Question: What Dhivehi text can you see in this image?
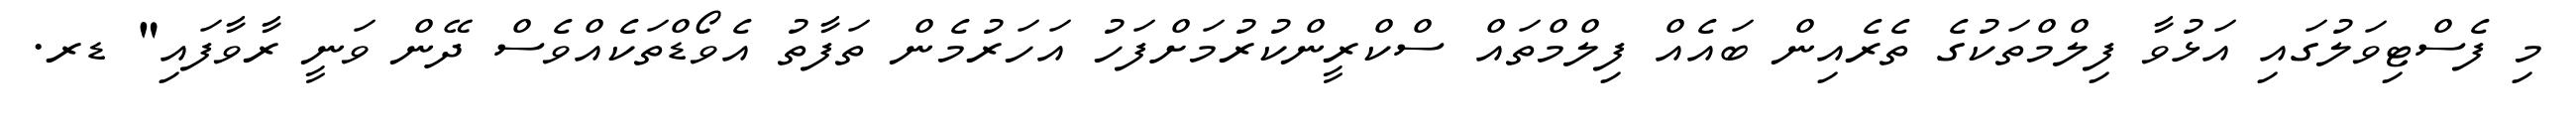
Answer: މި ފެސްޓިވަލުގައި އަޅުވާ ފިލްމްތަކުގެ ތެރެއިން ބައެއް ފިލްމްތައް ސްކްރީންކުރުމަށްފަހު އަހަރުމެން ތަފާތު އެވޯޑްތަކެއްވެސް ދޭން ވަނީ ރާވާފައި" ޑރ.